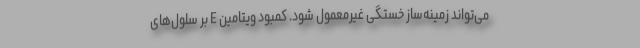
می‌تواند زمینه‌ساز خستگی غیرمعمول شود. کمبود ویتامین E بر سلول‌های